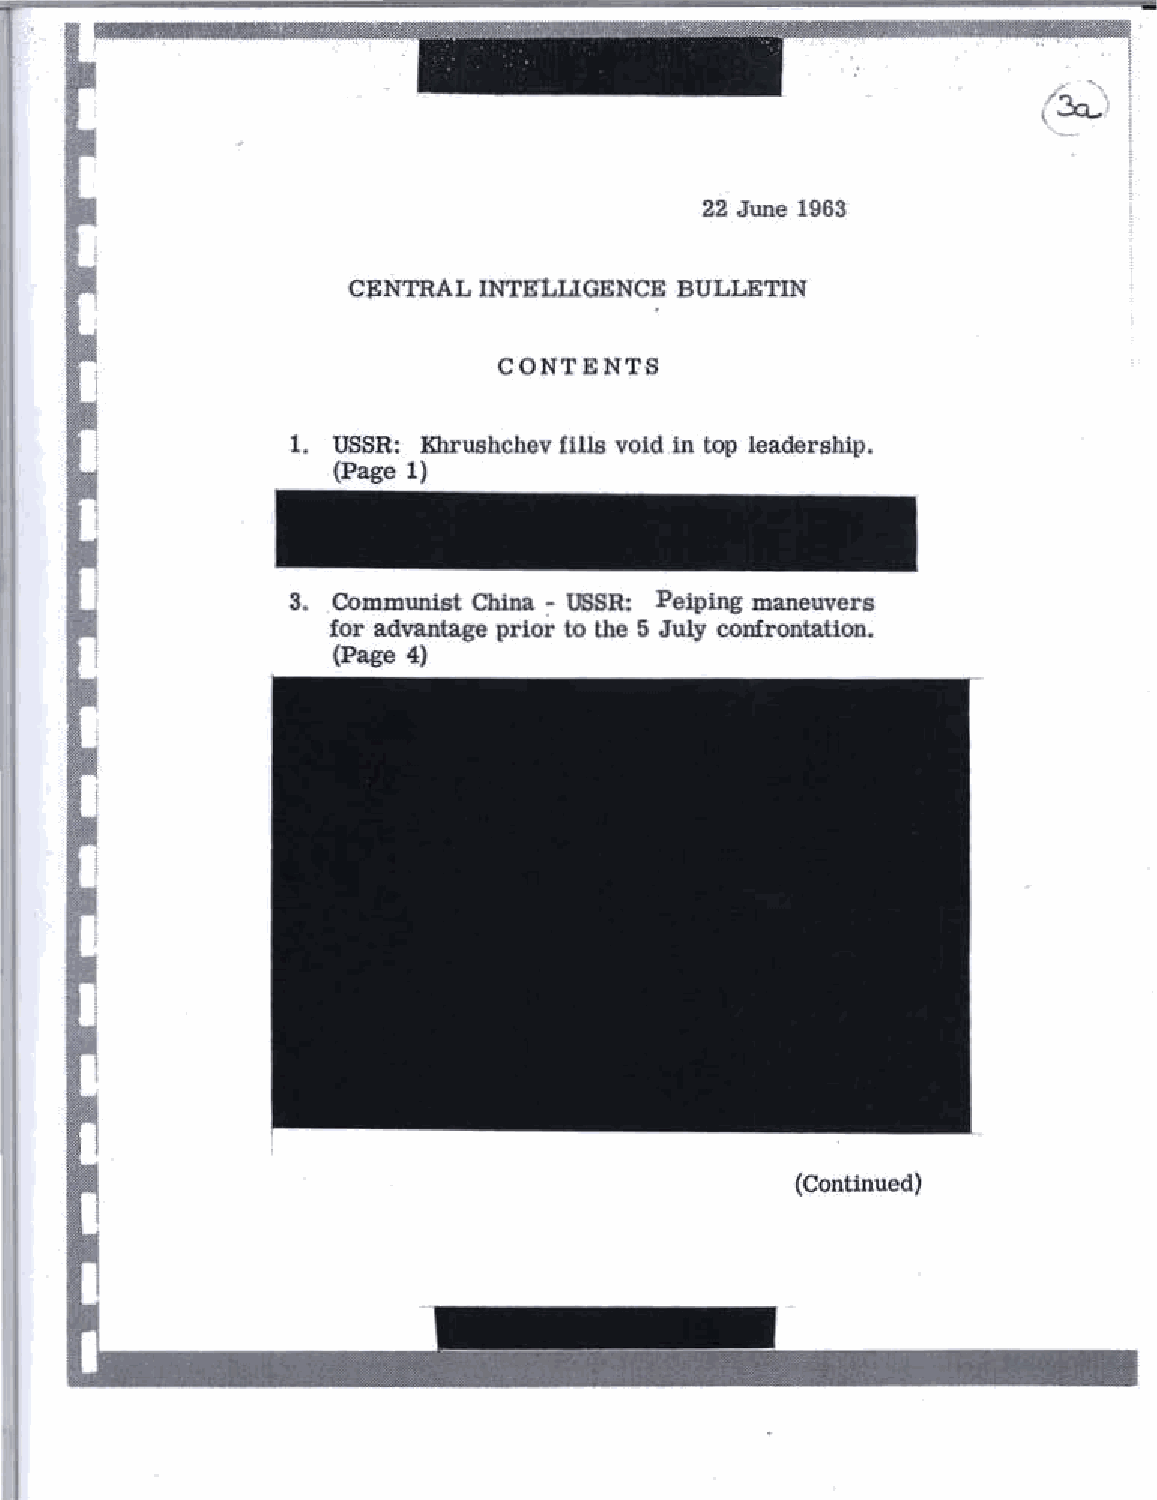
.. .
 '
 ,  I
 (~.)
 !
 22 June 1963
 Cf;NTRAL INTKLLlGENCE BULLETIN
 CONTENTS
 1. USSR: Khrushchev !ills void in top leadership.
 (Page 1)
 3. Communist China - USSR: Peiping maneuvers
 for advantage prior to the 5 July confrontation.
 (Page 4)
 (Continued)